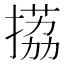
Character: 𢲊